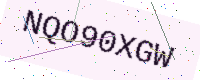
Text: NQO90XGW